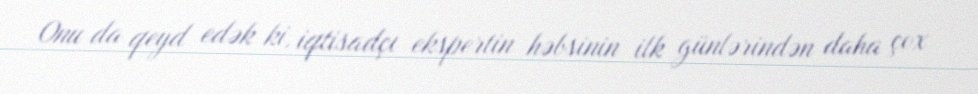
Onu da qeyd edək ki, iqtisadçı ekspertin həbsinin ilk günlərindən daha çox